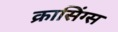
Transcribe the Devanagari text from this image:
क्रासिंग्स